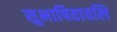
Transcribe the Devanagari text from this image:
सुभाषितावलि